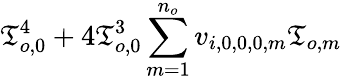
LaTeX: \mathfrak{T}_{o,0}^{4}+4\mathfrak{T}_{o,0}^{3}\sum_{m=1}^{n_{o}}v_{i,0,0,0,m}\mathfrak{T}_{o,m}